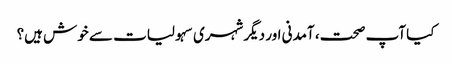
کیا آپ صحت، آمدنی اور دیگر شہری سہولیات سے خوش ہیں؟